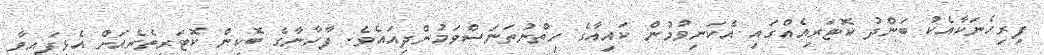
ފިރިހެނަކާއެކު ބަންދު ކޮޓަރިއެއްގައި އެކަނިވުމުން ކައިއާގެ ހިތްނުތަނަސްވަމުންދިއައެވެ. ފާހާނާގެ ބޮކިން ކޮޓަރިތެރެއަށް އެޅިފައިވާ